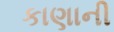
કાણાની